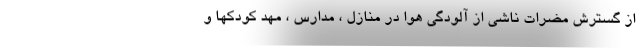
از گسترش مضرات ناشی از آلودگی هوا در منازل ، مدارس ، مهد کودکها و